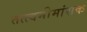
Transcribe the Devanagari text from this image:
तत्त्वमीमांसक